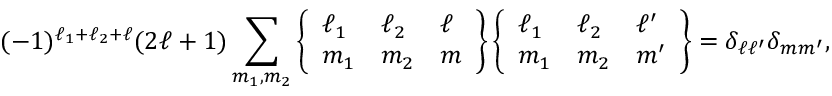
( - 1 ) ^ { \ell _ { 1 } + \ell _ { 2 } + \ell } ( 2 \ell + 1 ) \sum _ { m _ { 1 } , m _ { 2 } } \left\{ \begin{array} { l l l } { \ell _ { 1 } } & { \ell _ { 2 } } & { \ell } \\ { m _ { 1 } } & { m _ { 2 } } & { m } \end{array} \right\} \left\{ \begin{array} { l l l } { \ell _ { 1 } } & { \ell _ { 2 } } & { \ell ^ { \prime } } \\ { m _ { 1 } } & { m _ { 2 } } & { m ^ { \prime } } \end{array} \right\} = \delta _ { \ell \ell ^ { \prime } } \delta _ { m m ^ { \prime } } ,